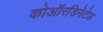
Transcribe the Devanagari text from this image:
कोऑरडिनेटेड